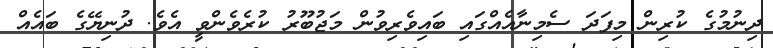
ދިނުމުގެ ކުރިން މިފަދަ ސެމިނާއެއްގައި ބައިވެރިވުން މަޖުބޫރު ކުރެވެންވީ އެވެ. ދުނިޔޭގެ ބައެއް